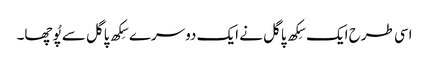
اسی طرح ایک سِکھ پاگل نے ایک دوسرے سِکھ پاگل سے پُوچھا۔